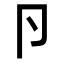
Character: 卪